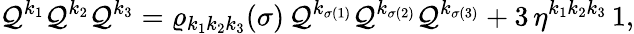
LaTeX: \mathcal{Q}^{k_{1}}\mathcal{Q}^{k_{2}}\mathcal{Q}^{k_{3}}=\varrho_{k_{1}k_{2}k_{3}}(\sigma)\, \mathcal{Q}^{k_{\sigma(1)}}\mathcal{Q}^{k_{\sigma(2)}}\mathcal{Q}^{k_{\sigma(3)}}+3\, {\eta}^{k_{1}k_{2}k_{3}}\, 1,